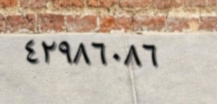
٤٢٩٨٦٠٨٦